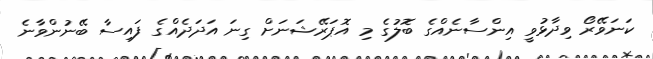
ކަނަވޭރޯ ވިދާޅުވީ އިންސާނެއްގެ ބޮލުގެ މި އޮޕަރޭޝަނަށް ގިނަ އަދަދެއްގެ ފައިސާ ބޭނުންވާނެ